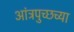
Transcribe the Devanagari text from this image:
आंत्रपुच्छच्या